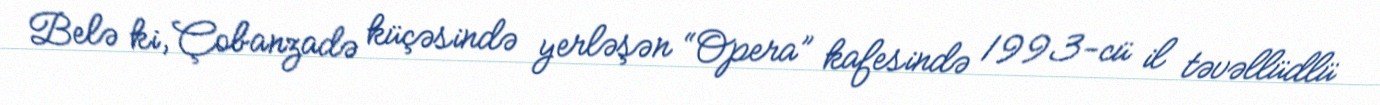
Belə ki, Çobanzadə küçəsində yerləşən “Opera” kafesində 1993-cü il təvəllüdlü